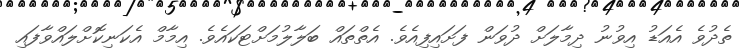
ތެދުވެ އެއަޑު އިވުނު ދިމާލަށް ދުވަން ފަށައިފިއެވެ. އެތްތައް ބަލާލުމަށްޓަކައެވެ. އިމާމް އެކަނިކޮށްލައްވާފައި